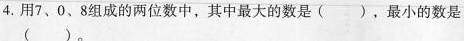
4.用7、0、8组成的两位数中，其中最大的数是()，最小的数是